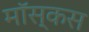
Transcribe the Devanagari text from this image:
मॉस्कस